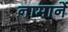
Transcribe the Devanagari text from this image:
नामानें